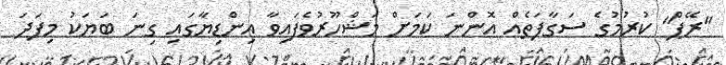
"ރޭޕް" ކުރުމުގެ ސަގާފަތެއް އޮންނަ ކަމަށް މަޝްހޫރުވެފައިވާ އިންޑިޔާގައި ގިނަ ބަޔަކު މިފަދަ